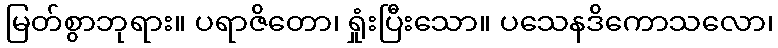
မြတ်စွာဘုရား။ ပရာဇိတော၊ ရှုံးပြီးသော။ ပသေနဒိကောသလော၊